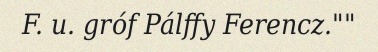
F. u. gróf Pálffy Ferencz.""